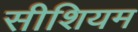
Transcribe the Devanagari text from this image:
सीशियम